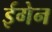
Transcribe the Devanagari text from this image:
ईगेन